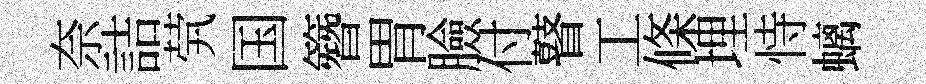
奈詰茕国簪胃臉付瞽工條埋恃螭